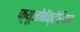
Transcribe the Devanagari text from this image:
फ्यूजोबॅक्टेरियम